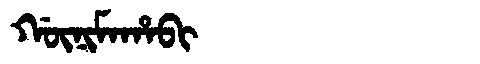
Manchu: ᡤᡡᠨᡳᠮᠠᡥᠠᠪᡳ
Romanization: GŪNIMAHABI